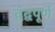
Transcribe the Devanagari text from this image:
द्वंद्वपूर्ण